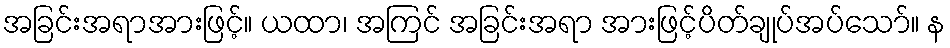
အခြင်းအရာအားဖြင့်။ ယထာ၊ အကြင် အခြင်းအရာ အားဖြင့်ပိတ်ချုပ်အပ်သော်။ န